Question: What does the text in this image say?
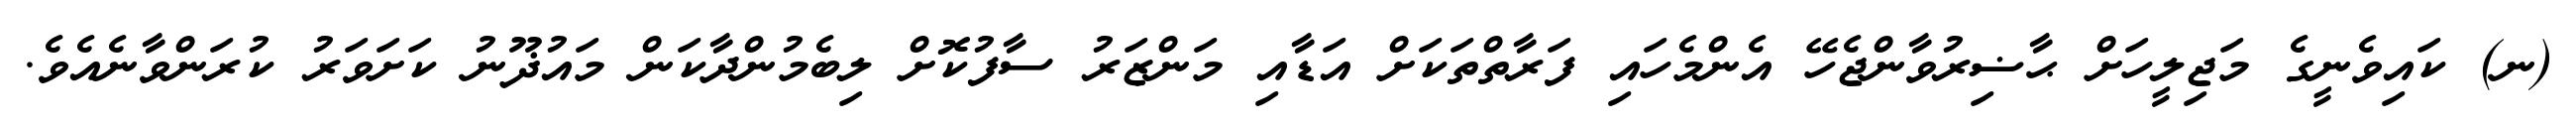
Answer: (ނ) ކައިވެނީގެ މަޖިލީހަށް ޙާޟިރުވާންޖެހޭ އެންމެހައި ފަރާތްތަކަށް އަޑާއި މަންޒަރު ސާފުކޮށް ލިބެމުންދާކަން މައުޛޫނު ކަށަވަރު ކުރަންވާނެއެވެ.